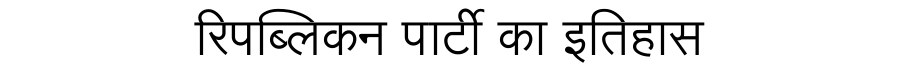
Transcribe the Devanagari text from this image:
रिपब्लिकन पार्टी का इतिहास